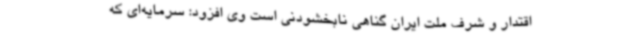
اقتدار و شرف ملت ایران گناهی نابخشودنی است وی افزود: سرمایه‌ای که